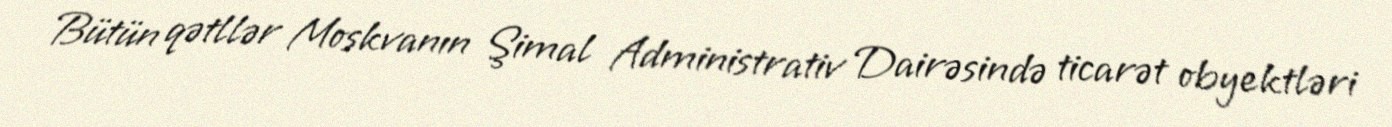
Bütün qətllər Moskvanın Şimal Administrativ Dairəsində ticarət obyektləri